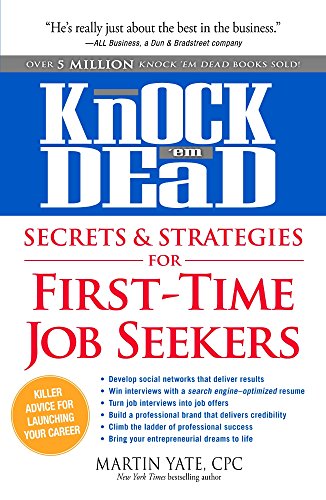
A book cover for Knock 'em Dead Secrets & Strategies for First-Time Job Seekers; Martin Yate CPC; Business & Money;